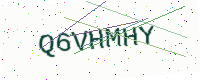
Text: Q6VHMHY